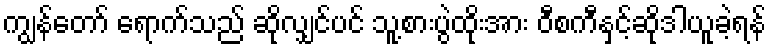
ကျွန်တော် ရောက်သည် ဆိုလျှင်ပင် သူ့စားပွဲထိုးအား ဝီစကီနှင့်ဆိုဒါယူခဲ့ရန်